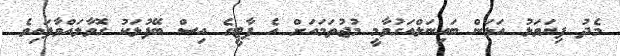
މެދު ފިޔަވަޅު އަޅަން ބައިނަލްއަގުވާމީ މުޖުތަމައަށް އެ ޕާޓީގެ އިސް ބޭފުޅަކު ގޮވާލައްވާފައިވެ